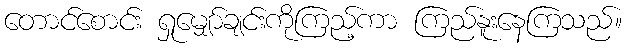
တောင်စောင်း ရှုမျှော်ချင်းကိုကြည့်ကာ ကြည်နူးနေကြသည်။